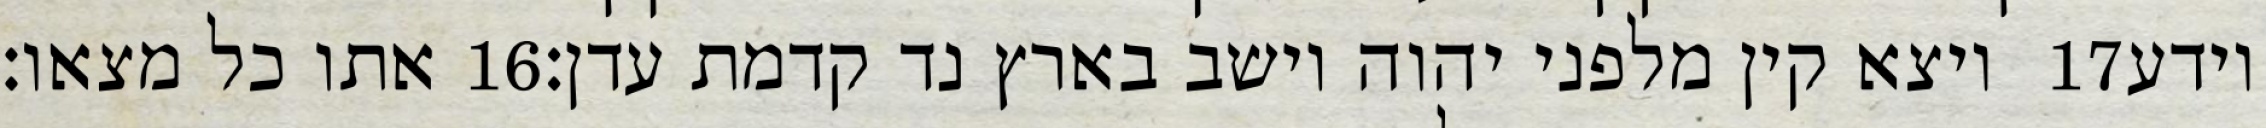
אתו כל מצאו׃ ‎16‏ ויצא קין מלפני יהוה וישב בארץ נד קדמת עדן׃ ‎17‏ וידע